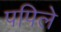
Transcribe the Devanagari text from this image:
पपिले